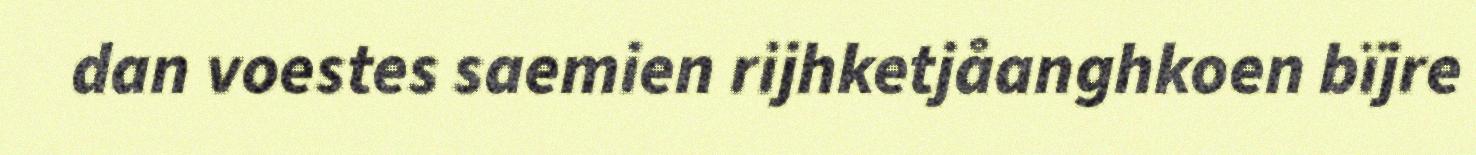
dan voestes saemien rijhketjåanghkoen bïjre